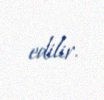
edilir.